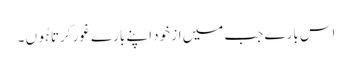
اس بارے جب میں از خود اپنے بارے غور کرتا ہُوں ۔